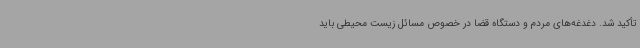
تأکید شد. دغدغه‌های مردم و دستگاه قضا در خصوص مسائل زیست محیطی باید